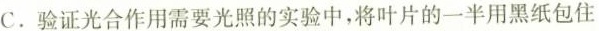
C.验证光合作用需要光照的实验中，将叶片的一半用黑纸包住